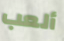
ألعب